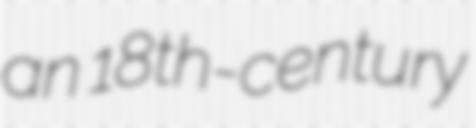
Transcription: an 18th-century